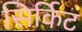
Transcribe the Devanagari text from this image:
सिर्किट